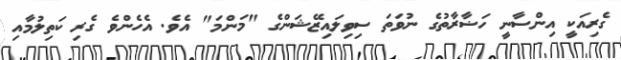
ގެރިއަކީ އިންސާނީ ހަޟާރާތުގެ ނުވަތަ ސިވިލައިޒޭޝަންގެ "މަންމަ" އެވެ. އެހެންވެ ގެރި ކަތިލުމާއި